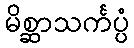
မိစ္ဆာသင်္ကပ္ပံ